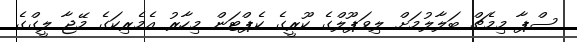
ސްޕާ މިމެޗް ބަލާލުމަށް ލިވަޕޫލްގެ ކޫރީގެ ކެޕްޓަން މިހާރު އެމެރިކަގެ މޭޖާ ލީގްގެ